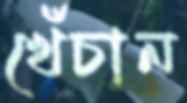
খেঁচান